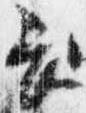
長